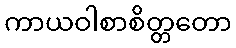
ကာယဝါစာစိတ္တတော